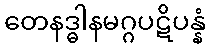
တေနဒ္ဓါနမဂ္ဂပဋိပန္နံ